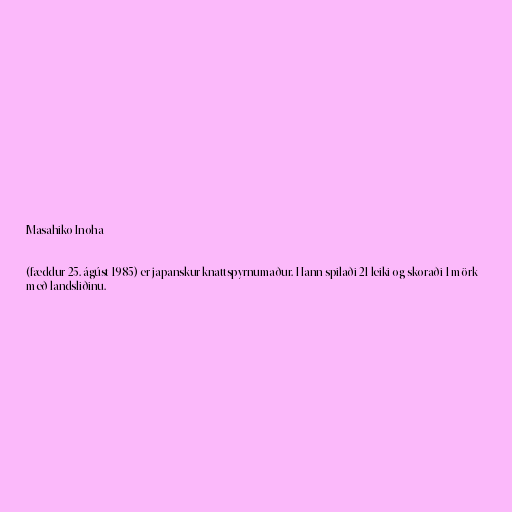
Masahiko Inoha

(fæddur 25. ágúst 1985) er japanskur knattspyrnumaður. Hann spilaði 21 leiki og skoraði 1 mörk
með landsliðinu.